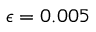
\epsilon = 0 . 0 0 5